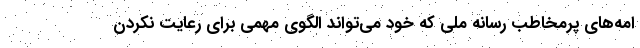
امه‌های پرمخاطب رسانه ملی که خود می‌تواند الگوی مهمی برای رعایت نکردن